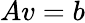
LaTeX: Av=b